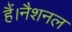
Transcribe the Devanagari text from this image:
हैं।नैशनल